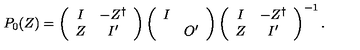
P _ { 0 } ( Z ) = \left( \begin{array} { c c } { I } & { - Z ^ { \dag } } \\ { Z } & { I ^ { \prime } } \\ \end{array} \right) \left( \begin{array} { c c } { I } & { } \\ { } & { O ^ { \prime } } \\ \end{array} \right) \left( \begin{array} { c c } { I } & { - Z ^ { \dag } } \\ { Z } & { I ^ { \prime } } \\ \end{array} \right) ^ { - 1 } .